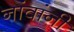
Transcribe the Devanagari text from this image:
नांवांनी